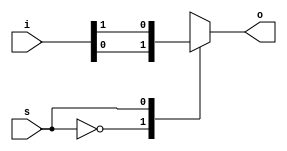
/**********************************
    4:1 Multiplexer - Behavioural
**********************************/

module mux_4_1_bh(o,i,s);
input [3:0]i;
input s;
output reg o;

always @(*) begin
    case(s)
        2'd0:   o = i[0];
        2'd1:   o = i[1];
        2'd2:   o = i[2];
        2'd3:   o = i[3];
        default: $display("error"); // can not be synth.
    endcase
end
    
endmodule